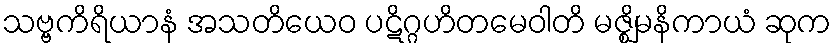
သဗ္ဗကိရိယာနံ အသတိယေဝ ပဋိဂ္ဂဟိတမေဝါတိ မဇ္ဈိမနိကာယံ ဆုက